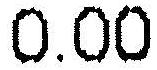
0.00